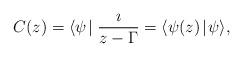
LaTeX: \begin{align*}C(z)=\langle\psi\!\mid\frac{\imath}{z-\Gamma}=\langle\psi(z)\!\mid\!\psi\rangle,\end{align*}